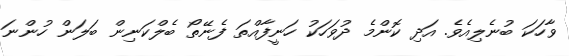
ވާާހަކަ ބުނެލިއެވެ. އަދި ކޮންމެ ދުވަހަކު ހަނީފާއްތަ ފެނޭތޯ ބެލްކަނިން ބަލަން ހުންނަ